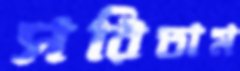
সরিতাম